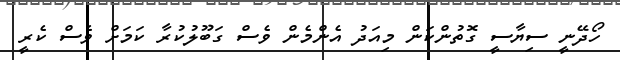
ހޯދޭނީ ސިޔާސީ ގޮތުންކަން މިއަދު އެންމެން ވެސް ގަބޫލުކުރާ ކަމަށް ވެސް ކެރީ